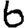
Digit: 6